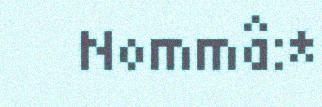
Nommâ:*